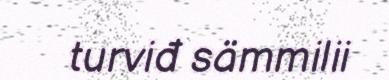
turviđ sämmilii